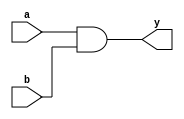
module andgate(a,b,y);
input a,b;
output y;
and (y,a,b);
endmodule

module orgate(a,b,y);
input a,b;
output y;
or (y,a,b);
endmodule

module notgate(a,y);
input a;
output y;
not (y,a);
endmodule

module nandgate(a,b,y);
input a,b;
output y;
nand (y,a,b);
endmodule

module norgate(a,b,y);
input a,b;
output y;
nor (y,a,b);
endmodule

module buffergate(a,y);
input a;
output y;
buf (y,a);
endmodule

module xorgate(a,b,y);
input a,b;
output y;
xor (y,a,b);
endmodule

module xnorgate(a,b,y);
input a,b;
output y;
xnor (y,a,b);
endmodule